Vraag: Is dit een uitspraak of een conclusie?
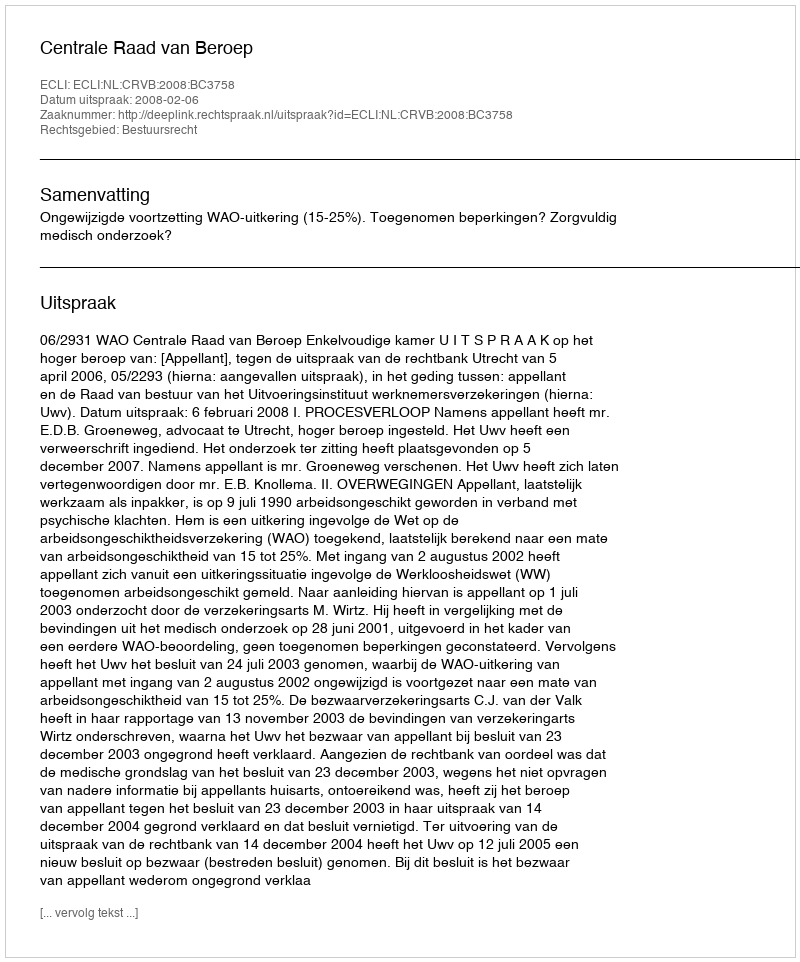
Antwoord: Uitspraak